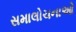
સમાલોચનાઓ